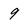
Character: 9